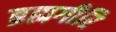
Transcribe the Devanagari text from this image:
ब्रह्मगीरि